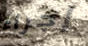
إجراء